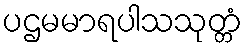
ပဌမမာရပါသသုတ္တံ